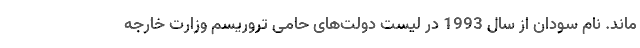
ماند. نام سودان از سال 1993 در لیست دولت‌های حامی تروریسم وزارت خارجه